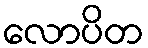
လောပိတ